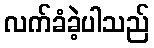
လက်ခံခဲ့ပါသည်